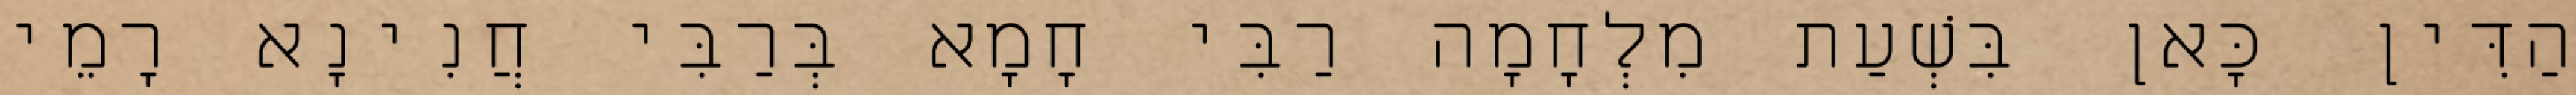
הַדִּין כָּאן בִּשְׁעַת מִלְחָמָה רַבִּי חָמָא בְּרַבִּי חֲנִינָא רָמֵי